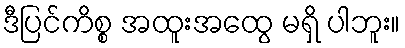
ဒီပြင်ကိစ္စ အထူးအထွေ မရှိ ပါဘူး။